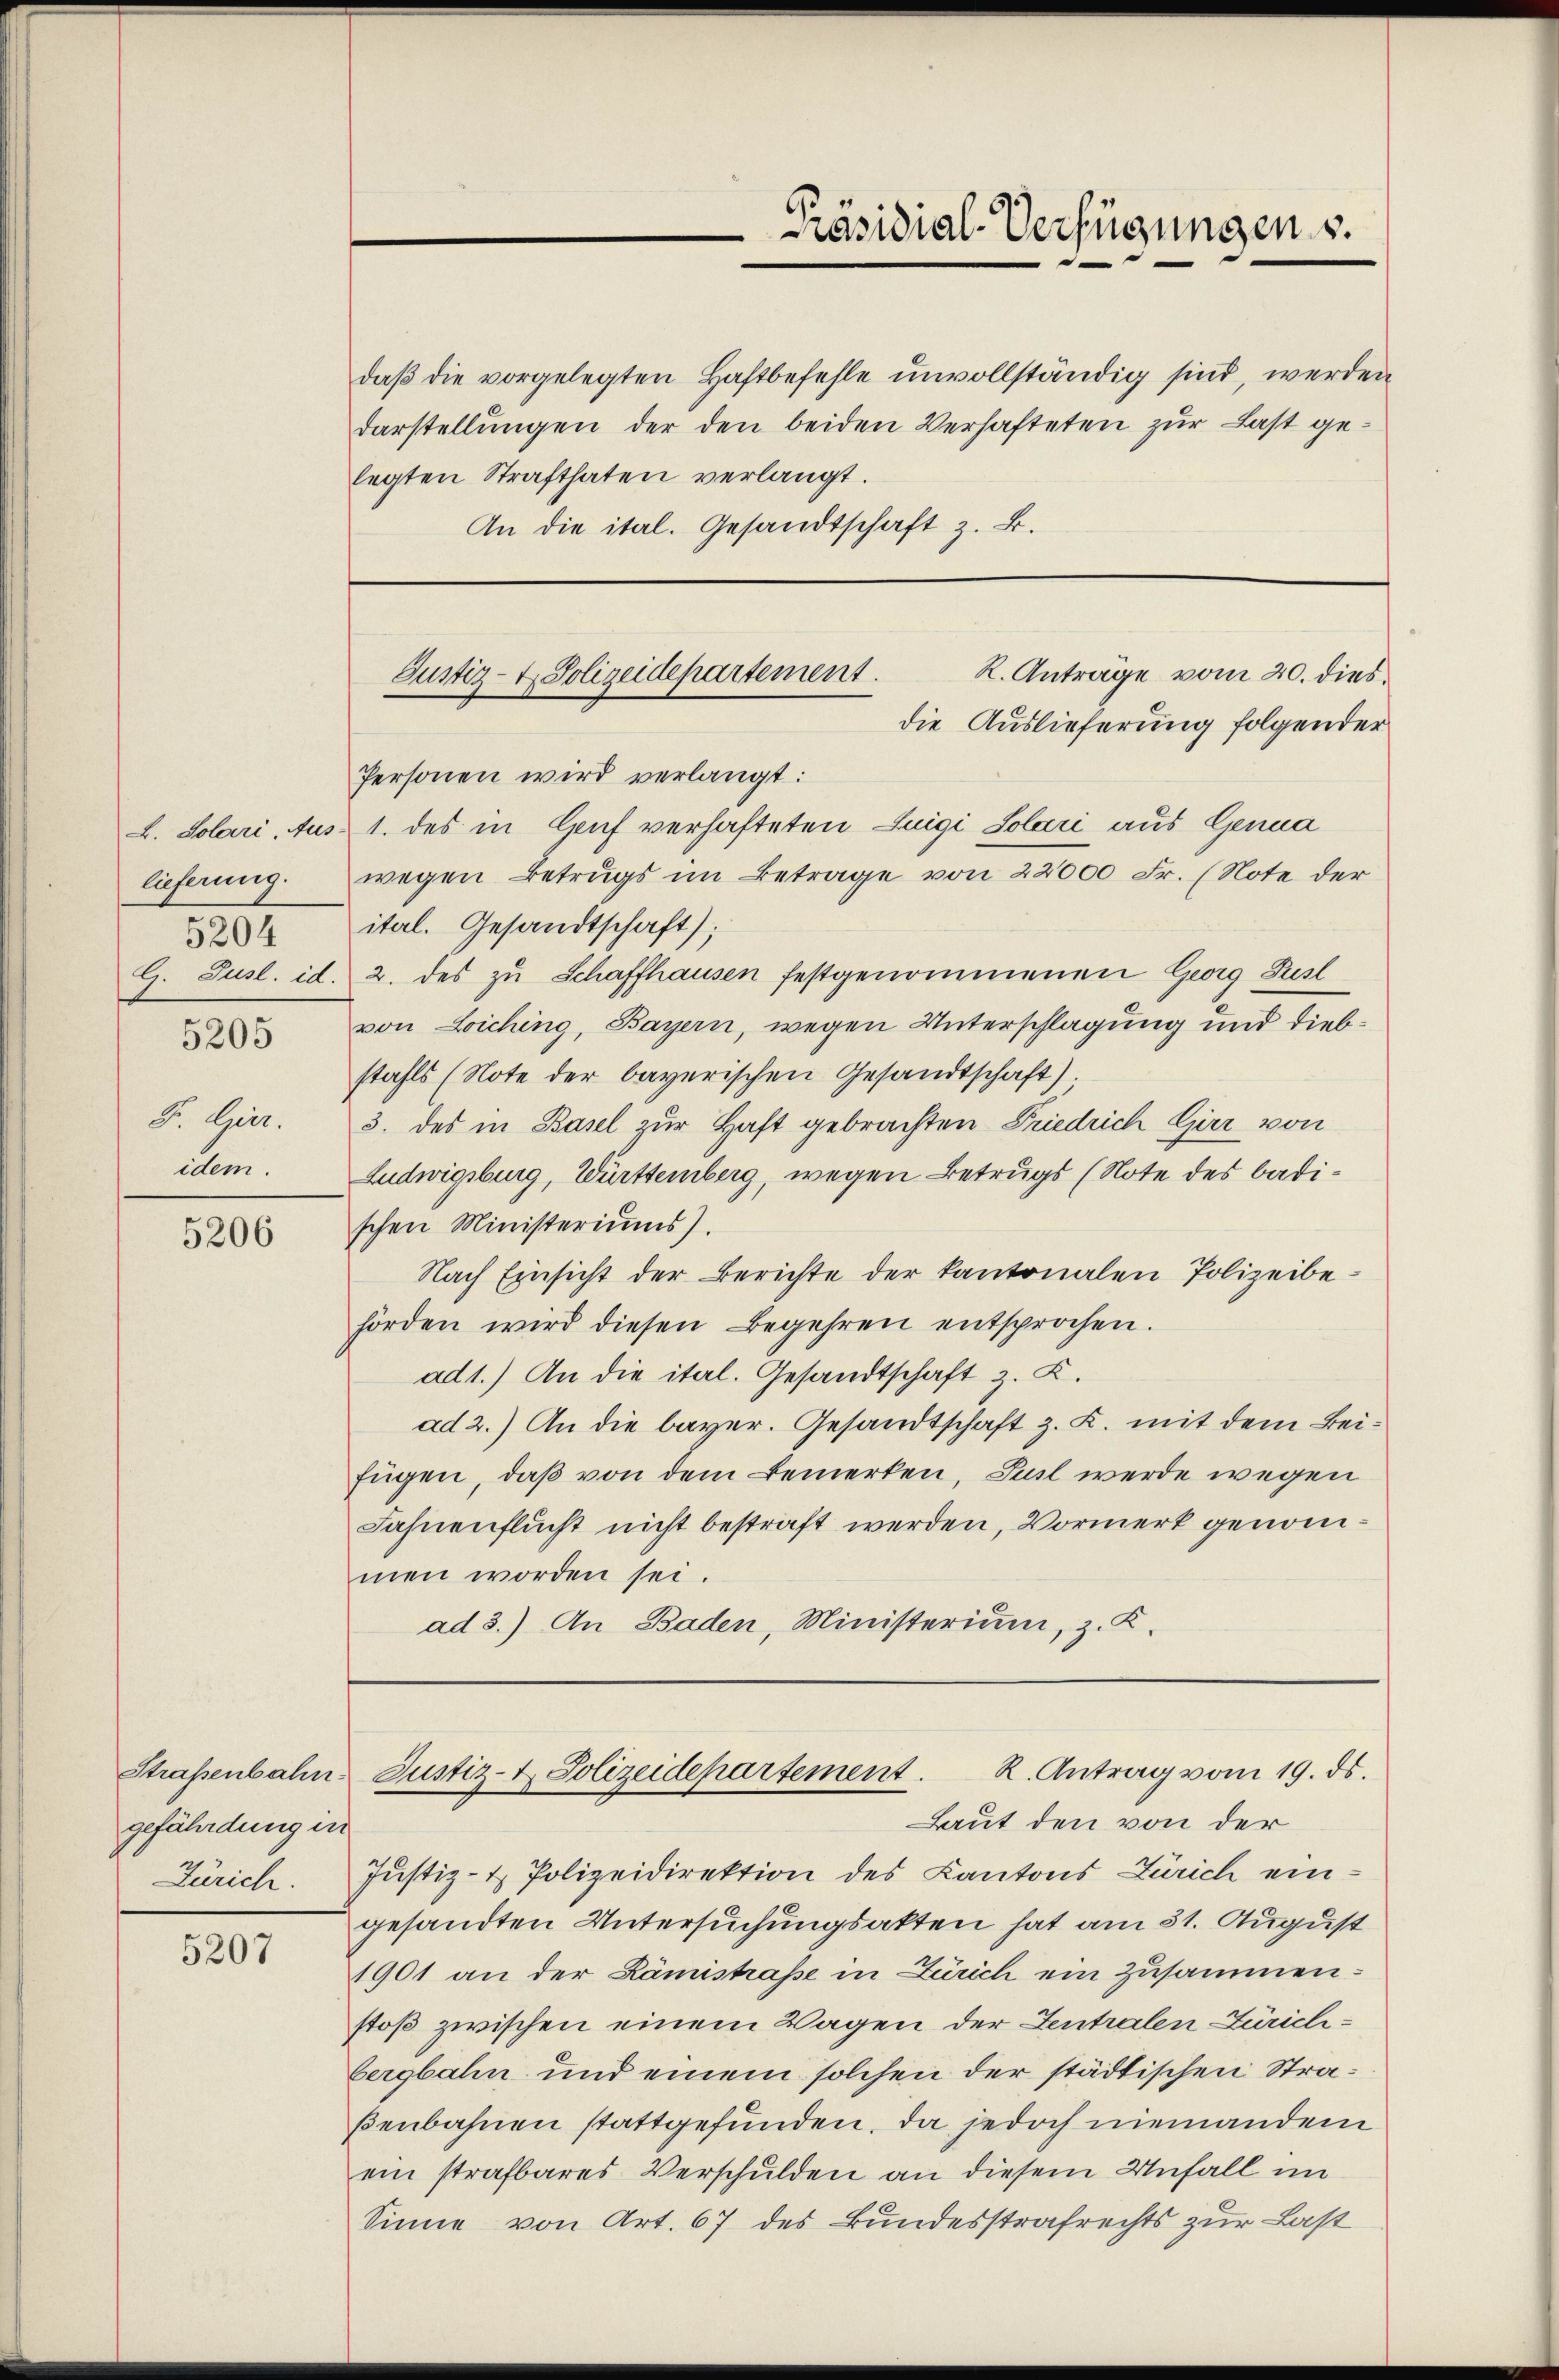
lieferung.
5204

5205

F. Geiz.
idem.

5206

gefährdung in
Zürich.

5207

daβ die vorgelegten Haftbefehle unvollständig sind, werden
darstellungen der den beiden Verhafteten zur Last gelegten Strafthaten verlangt.
An die ital. Gesandtschaft z. B.

Personen wird verlangt:
L. Solari, Aus- 1. des in Genf verhafteten Luigi Solari aus Genua
wegen Betrugs im Betrage von 22000 Fr. (Note der
itel. Gesandtschaft);
9. Jusl. id. 2. des zu Schaffhausen festgenommenen Georg Pust
von Leiching, Bayern, wegen Unterschlagung und Diebstahls (Note der bayerischen Gesandtschaft)
3. des in Basel zur Haft gebrachten Friedrich Girr von
Ludwigsburg, Württemberg, wegen Betrugs (Note des Badischen Ministeriums).
Nach Einsicht der Berichte der kantonalen Polizeibehörden wird diesen Begehren entsprochen.
ad1.) An die ital. Gesandtschaft z. K.
ad 2.) An die bayer. Gesandtschaft z. K. mit dem Beifügen, daß von dem Bemerken, Puil werde wegen
Fahnenflucht nicht bestraft werden, Vormerk genommen worden sei.
ad 3.) An Baden, Ministerium, z. K.

Präsidial-Verfügungen s.

K. Anträge vom 20. dies
Justiz- & Polizeidepartement.
die Auslieferung folgender

R. Antrag vom 19. ds.
Straßenbahn, Justiz- & Polizeidepartement.
Laut den von der

Justiz- & Polizeidirektion des Kantons Zürich eingesandten Untersuchungsakten hat am 31. August
1901 an der Rämistraße in Zürich ein zusammenstoß zwischen einem Wagen der Zentralen Zürichbergbahn und einem solchen der städtischen Straßenbahnen stattgefunden, da jedoch niemandem
ein strafbares Verschulden an diesem Unfall im
Sinne von Art. 67 des Bundesstrafrechts zur Last